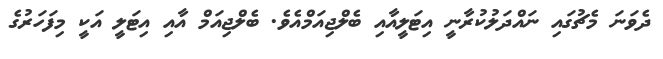
ދެވަނަ މެޗުގައި ނައްދަލުކުރާނީ އިޓަލީއާއި ބެލްޖިއަމްއެވެ. ބެލްޖިއަމް އާއި އިޓަލީ އަކީ މިފަހަރުގެ